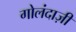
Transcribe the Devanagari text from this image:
गोलंदाज़ी